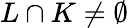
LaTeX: L\cap K\neq\emptyset